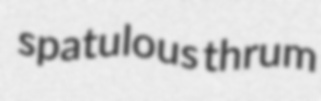
spatulous thrum